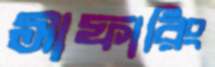
সাফারিং